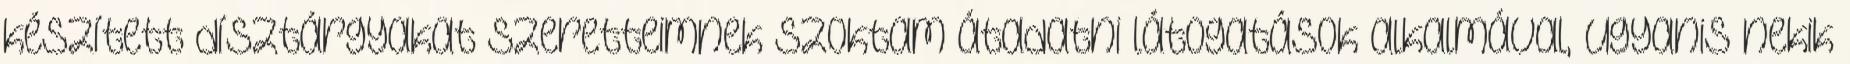
készített dísztárgyakat szeretteimnek szoktam átadatni látogatások alkalmával, ugyanis nekik